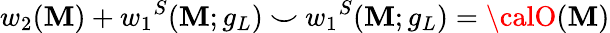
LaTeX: w_{2}(\mathbf{M})+{w_{1}}^{S}(\mathbf{M};g_{L})~{\smile}~{w_{1}}^{S}(\mathbf{M};g_{L})={\calO}(\mathbf{M})